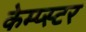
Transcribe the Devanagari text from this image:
केम्प्स्टर